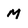
Character: M